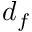
d _ { f }